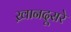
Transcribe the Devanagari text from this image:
ख़ानदूसरे